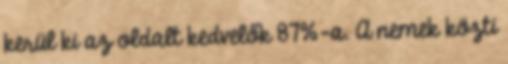
kerül ki az oldalt kedvelők 87%-a. A nemek közti